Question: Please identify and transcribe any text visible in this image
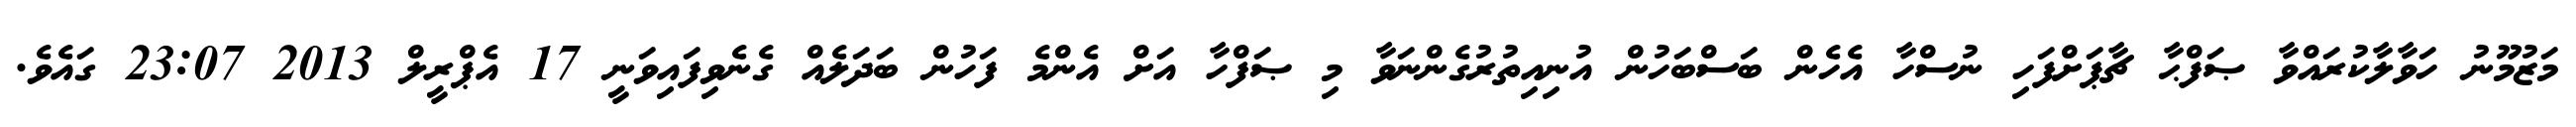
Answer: މަޒުމޫނު ހަވާލާކުރައްވާ ޞަފްޙާ ޗާޕަށްފަހި ނުސްހާ އެހެން ބަސްބަހުން އުނިއިތުރުގެންނަވާ މި ޞަފްހާ އަށް އެންމެ ފަހުން ބަދަލެއް ގެނެވިފައިވަނީ 17 އެޕްރީލް 2013 23:07 ގައެވެ.